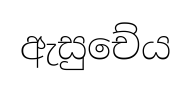
ඇසුචේය